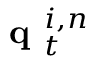
\textbf { q } _ { t } ^ { i , n }